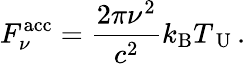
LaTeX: F_{\nu}^{\mathrm{acc}}=\frac{2\pi\nu^{2}}{c^{2}}k_{\mathrm{B}}T_{\mathrm{~U~}}.